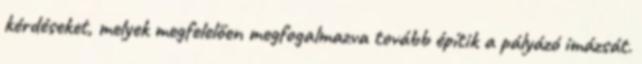
kérdéseket, melyek megfelelően megfogalmazva tovább építik a pályázó imázsát.